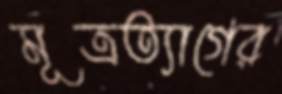
মূত্রত্যাগের